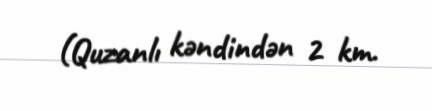
(Quzanlı kəndindən 2 km.